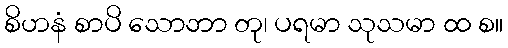
စိဟနံ စာပိ သောဘာ တု၊ ပရမာ သုသမာ ထ စ။